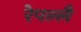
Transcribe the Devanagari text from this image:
रेपल्लै